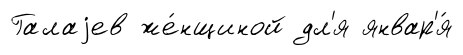
Галаjев же́нщиной дл'я январ'я́